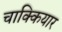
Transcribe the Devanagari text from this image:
चाक्कियार